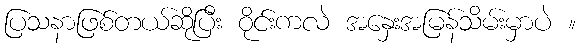
ပြသနာဖြစ်တယ်ဆိုပြီး ဝိုင်းကလဲ အနှေးအမြန်သိမ်းမှာပဲ ။